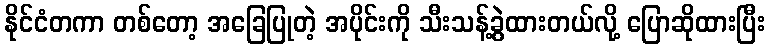
နိုင်ငံတကာ တစ်တော့ အခြေပြုတဲ့ အပိုင်းကို သီးသန့်ခွဲထားတယ်လို့ ပြောဆိုထားပြီး